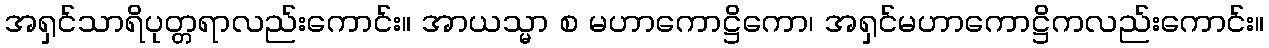
အရှင်သာရိပုတ္တရာလည်းကောင်း။ အာယသ္မာ စ မဟာကောဋ္ဌိကော၊ အရှင်မဟာကောဋ္ဌိကလည်းကောင်း။